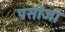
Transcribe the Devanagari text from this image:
पसीजी